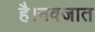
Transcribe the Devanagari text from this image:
है।नवजात